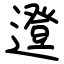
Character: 邆